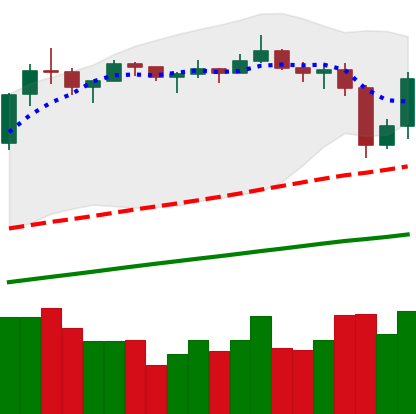
Ticker: LTC-USD
Chart end date: 2019-06-29
Forward return: -10.239%
Label: down_7plus